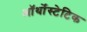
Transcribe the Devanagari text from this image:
ऑर्थोस्टेटिक